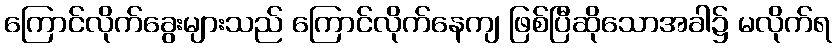
ကြောင်လိုက်ခွေးများသည် ကြောင်လိုက်နေကျ ဖြစ်ပြီဆိုသောအခါ၌ မလိုက်ရ